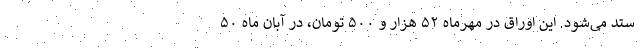
ستد می‌شود. این اوراق در مهرماه ۵۲ هزار و ۵۰۰ تومان، در آبان ماه ۵۰